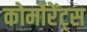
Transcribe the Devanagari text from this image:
कोर्मोरेंट्स